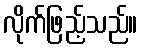
လိုက်ဖြည့်သည်။